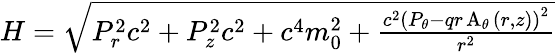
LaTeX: \begin{array}{r}{H=\sqrt{P_{r}^{2}c^{2}+P_{z}^{2}c^{2}+c^{4}m_{0}^{2}+\frac{c^{2}\left(P_{\theta}-qr\operatorname{A_{\theta}}{\left(r,z\right)}\right)^{2}}{r^{2}}}}\end{array}